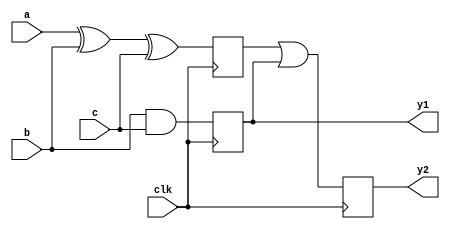
module test_nafiz2(a,b,c, clk, y1, y2);
input a, b, c, clk;
output reg y1, y2;
reg w1;

always@(negedge clk)
w1=a^b^c;
always@(negedge clk)
y1=b&c;
always@(negedge clk)
y2=w1|y1;
endmodule